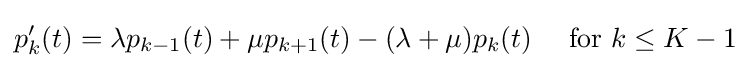
p_{k}^{\prime }(t)=\lambda p_{k-1}(t)+\mu p_{k+1}(t)-(\lambda +\mu )p_{k}(t)\quad {\text{ for }}k\leq K-1